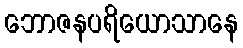
ဘောဇနပရိယောသာနေ